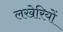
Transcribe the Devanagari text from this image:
लखेरियों